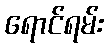
ရောင်ရမ်း